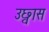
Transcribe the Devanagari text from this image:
उछ्वास